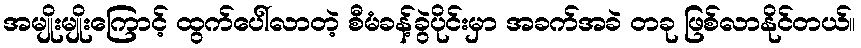
အမျိုးမျိုးကြောင့် ထွက်ပေါ်လာတဲ့ စီမံခန့်ခွဲပိုင်းမှာ အခက်အခဲ တခု ဖြစ်လာနိုင်တယ်။